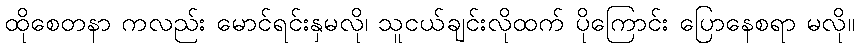
ထိုစေတနာ ကလည်း မောင်ရင်းနှမလို၊ သူငယ်ချင်းလိုထက် ပိုကြောင်း ပြောနေစရာ မလို။